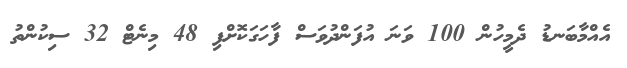
އެއްމާބަނޑު ދެމީހުން 100 ވަނަ އުފަންދުވަސް ފާހަގަކޮށްފި 48 މިނެޓް 32 ސިކުންތު